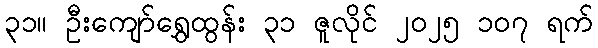
၃၁။ ဦးကျော်ရွှေထွန်း ၃၁ ဇူလိုင် ၂၀၂၅ ၁၀၇ ရက်